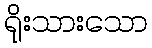
ရိုးသားသော